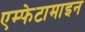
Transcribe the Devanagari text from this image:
एम्फेटामाइन